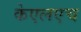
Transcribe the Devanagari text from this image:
केएलएच